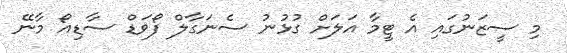
މި ސީޒަނުގައި އެ ޓީމާ އަލަށް ގުޅުނު ސެނަގާލް ފޯވަޑް ސާޑިއޯ މާނޭ